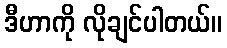
ဒီဟာကို လိုချင်ပါတယ်။